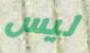
ليس